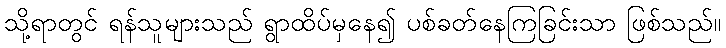
သို့ရာတွင် ရန်သူများသည် ရွာထိပ်မှနေ၍ ပစ်ခတ်နေကြခြင်းသာ ဖြစ်သည်။